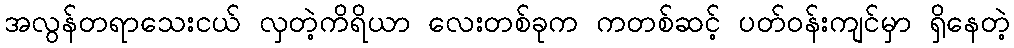
အလွန်တရာသေးငယ် လှတဲ့ကိရိယာ လေးတစ်ခုက ကတစ်ဆင့် ပတ်ဝန်းကျင်မှာ ရှိနေတဲ့